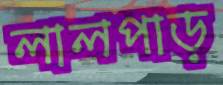
লালপাড়